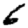
Digit: 6